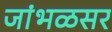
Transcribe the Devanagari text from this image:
जांभळसर